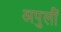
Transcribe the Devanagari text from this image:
अपुलीं